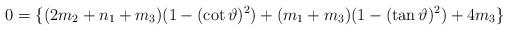
LaTeX: \begin{align*} 0=\{ (2m_{2}+n_{1}+m_{3})(1- (\cot \vartheta)^{2} )+(m_{1}+m_{3})(1- (\tan \vartheta)^{2} )+4m_{3}\}\end{align*}